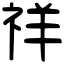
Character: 祥